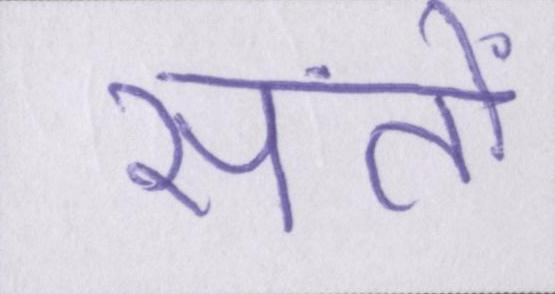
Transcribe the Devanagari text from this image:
संतों